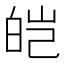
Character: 皑